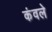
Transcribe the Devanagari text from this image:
कंवले